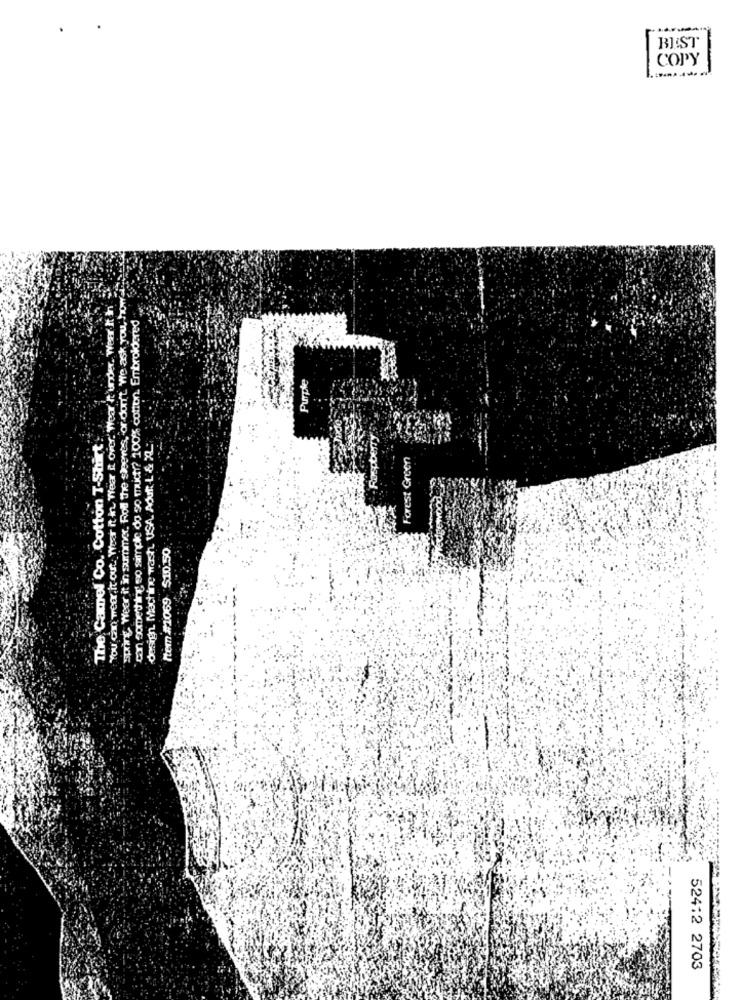
BEST
copy
spring, weer it in summer. Roll the sleeves, or don't. We ask you how
You can weer, it out: Wear it in Wear it over."Wear It under. Wear It in
con something so samoie do 50 micty? 100% cotton. Embroidered
Purple
The Camel Co. Cotton T-Shirt
design. Machine wash. USA. Adut L & 22:
Forest Green
Item #1069 510.50
52412 2703